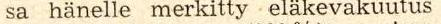
sa hänelle merkitty eläkevakuutus